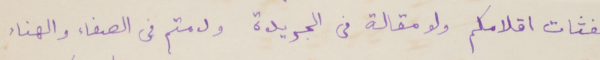
نفثات اقلامكم ولو مقالة فى الجريدة ودمتم فى الصفاء والهناء